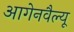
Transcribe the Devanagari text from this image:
आगेनवैल्यू